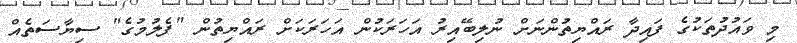
މި ވައުދުތަކުގެ ފައިދާ ރައްޔިތުންނަށް ނުލިބޭއިރު އަހަރަކުން އަހަރަކަށް ރައްޔިތުން "ފެލުމުގެ" ސިޔާސަތެއް